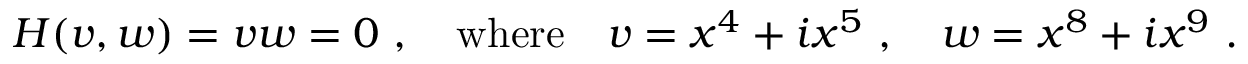
H ( v , w ) = v w = 0 ~ , \quad \mathrm { w h e r e } \quad v = x ^ { 4 } + i x ^ { 5 } ~ , \quad w = x ^ { 8 } + i x ^ { 9 } ~ .